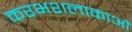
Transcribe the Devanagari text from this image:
करभशलाकाओं